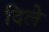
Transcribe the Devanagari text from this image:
दिलेे